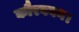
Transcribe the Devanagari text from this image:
कौरबबन।